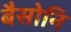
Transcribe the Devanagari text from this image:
बैसोनि